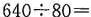
$$6 4 0 \div 8 0 =$$